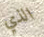
الذي